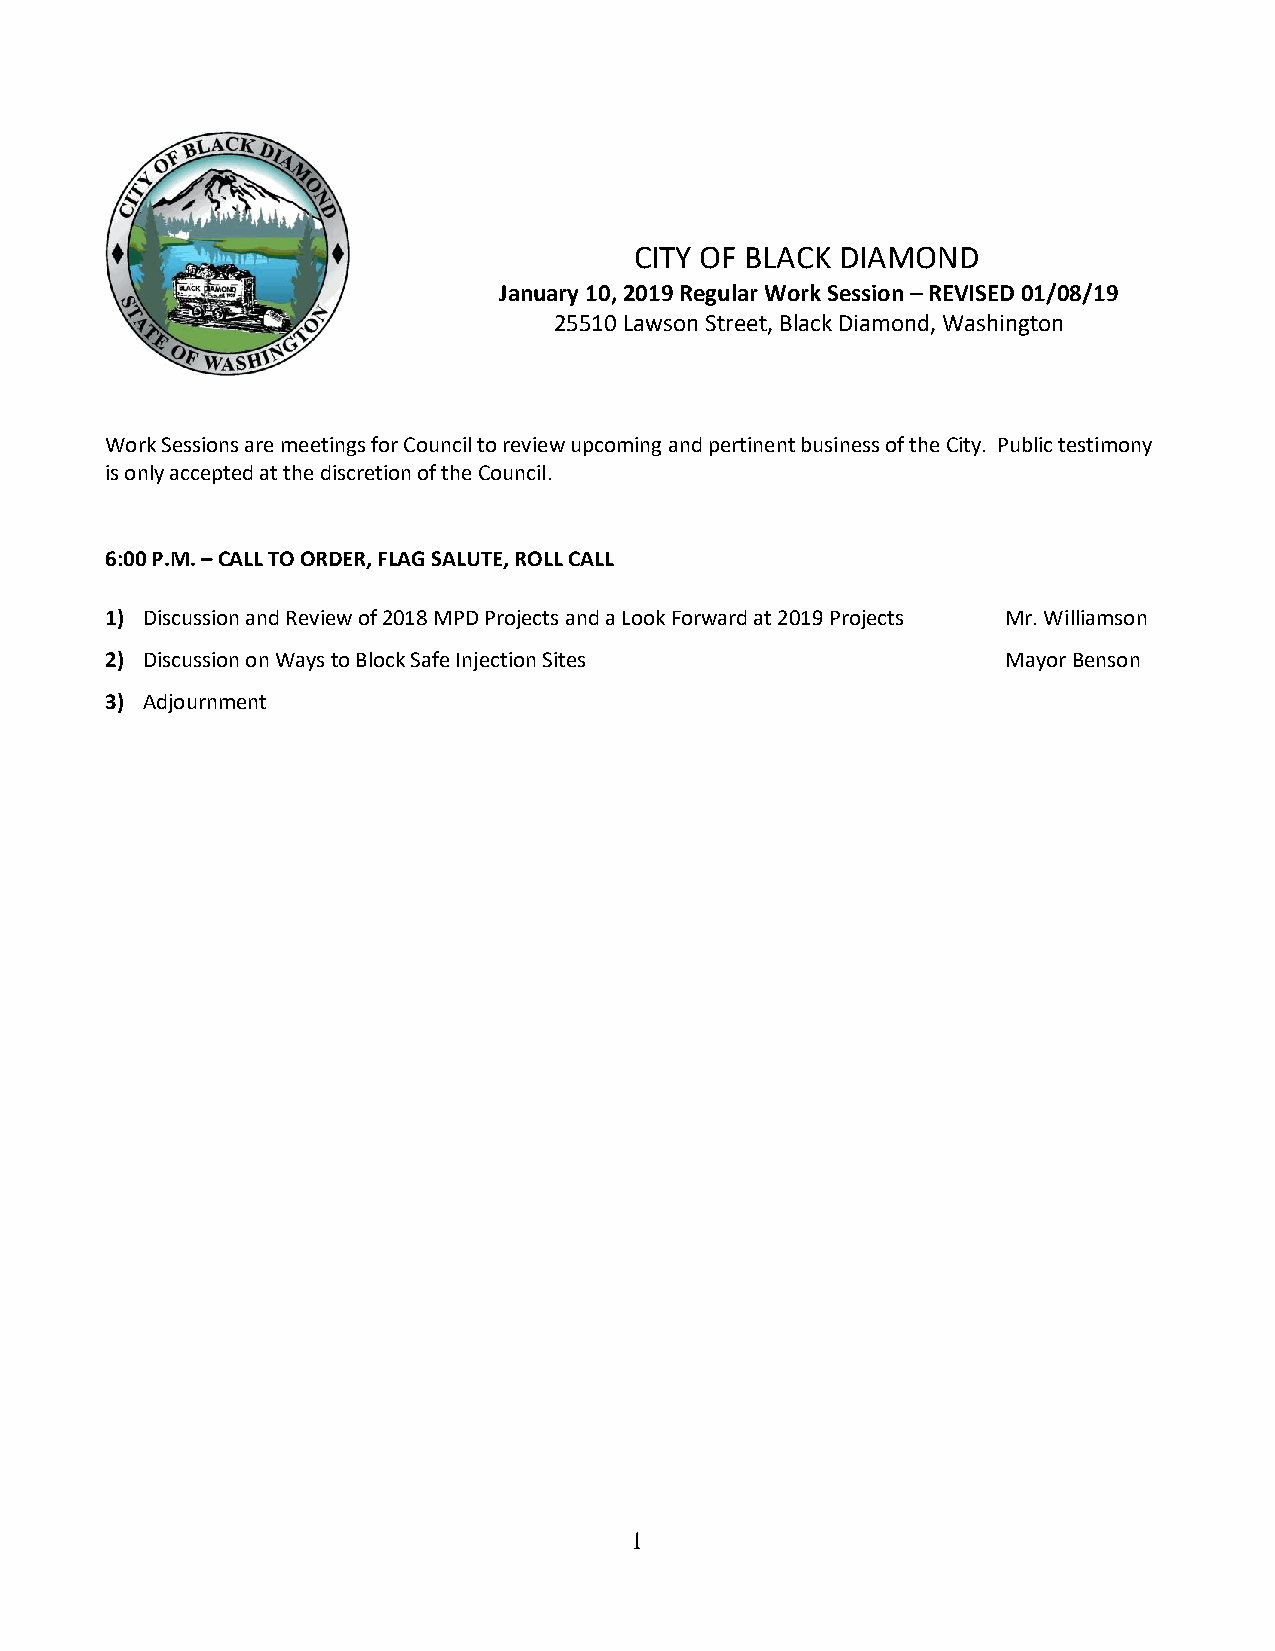
CITY OF BLACK DIAMOND
 January 10, 2019 Regular Work Session – REVISED 01/08/19
 25510 Lawson Street, Black Diamond, Washington
 Work Sessions are meetings for Council to review upcoming and pertinent business of the City. Public testimony
 is only accepted at the discretion of the Council.
 6:00 P.M. – CALL TO ORDER, FLAG SALUTE, ROLL CALL
 1) Discussion and Review of 2018 MPD Projects and a Look Forward at 2019 Projects Mr. Williamson
 2) Discussion on Ways to Block Safe Injection Sites         Mayor Benson
 3) Adjournment
 1